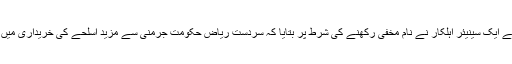
ادھر سعودی عرب کے ایک سینیئر اہلکار نے نام مخفی رکھنے کی شرط پر بتایا کہ سردست ریاض حکومت جرمنی سے مزید اسلحے کی خریداری میں دلچسپی نہیں رکھتی۔